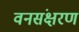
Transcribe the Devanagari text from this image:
वनसंक्षरण